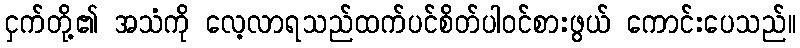
ငှက်တို့၏ အသံကို လေ့လာရသည်ထက်ပင်စိတ်ပါဝင်စားဖွယ် ကောင်းပေသည်။